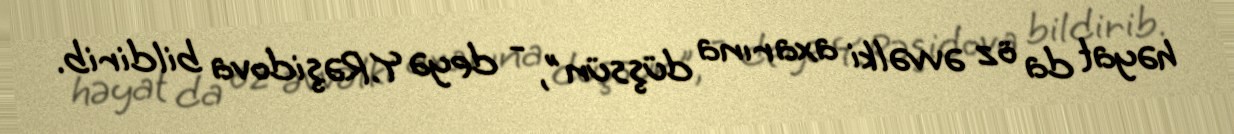
həyat da öz əvvəlki axarına düşsün", - deyə Y.Rəşidova bildirib.